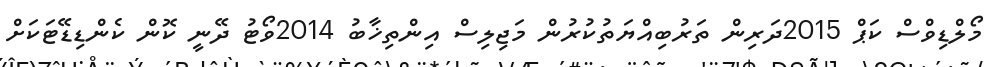
މޯލްޑިވްސް ކަޕް 2015ދަރިން ތަރުބިއްޔަތުކުރުން މަޖިލިސް އިންތިޚާބު 2014ވޯޓު ދޭނީ ކޮން ކެންޑިޑޭޓަކަށް